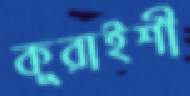
কুরাইশী